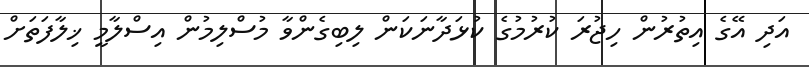
އަދި އޭގެ އިތުރުން ހިޖުރަ ކުރުމުގެ ކުޅަދާނަކަން ލިބިގެންވާ މުސްލިމުން އިސްލާމީ ޚިލާފަތަށް